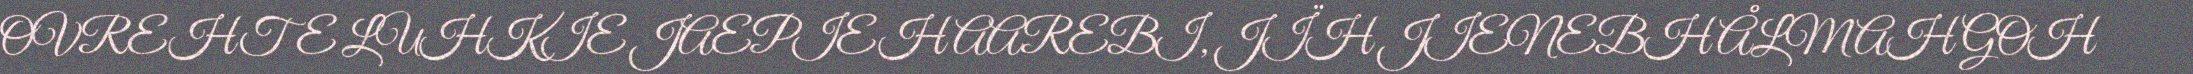
OVREHTE LUHKIE JAEPIEH AAREBI, JÏH JIENEBH ÅLMAH GOH